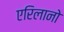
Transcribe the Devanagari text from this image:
एरिलानो